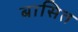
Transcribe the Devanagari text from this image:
बासित